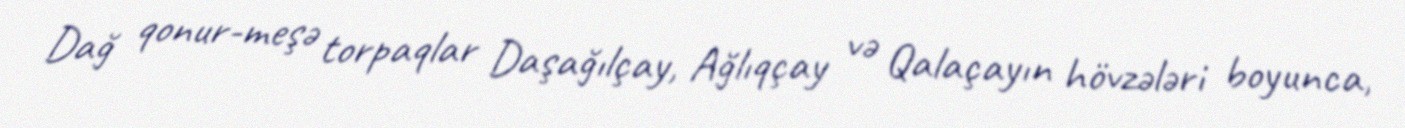
Dağ qonur-meşə torpaqlar Daşağılçay, Ağlıqçay və Qalaçayın hövzələri boyunca,